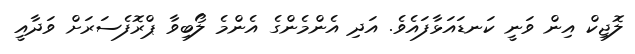
ލޮޖިކް އިން ވަނީ ކަނޑައަޅާފައެވެ. އަދި އެންމެންގެ އެންމެ ލޯބިވާ ޕްރޮފެސަރަށް ވަދާއީ